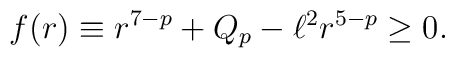
f(r)\equiv r^{7-p}+Q_{p}-\ell^{2}r^{5-p}\ge 0.